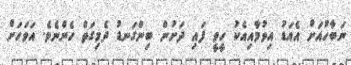
ނަބާހުއަށް އެއަޑު އިވުމާއިއެކު ހީވީ ފައި ދަށުން ބިންގަނޑު ދެމިގަތް ހެންނެވެ. އަވަހަށް